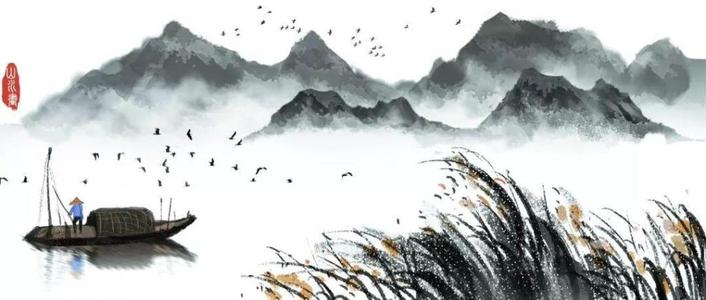
梧桐半死清霜后，头白鸳鸯失伴飞。